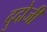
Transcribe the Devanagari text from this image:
दुदोजी